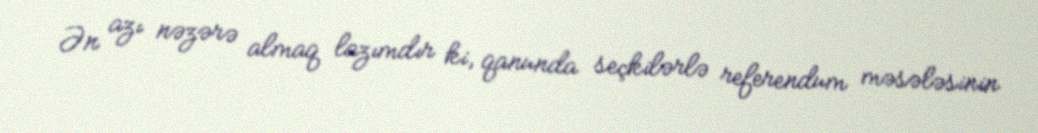
Ən azı nəzərə almaq lazımdır ki, qanunda seçkilərlə referendum məsələsinin